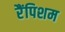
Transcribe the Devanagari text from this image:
रैंपिशम